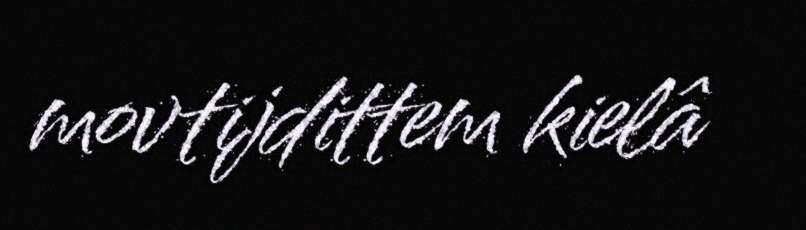
movtijdittem kielâ